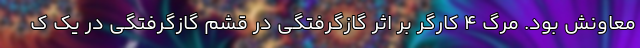
معاونش بود. مرگ 4 کارگر بر اثر گازگرفتگی در قشم گازگرفتگی در یک ک